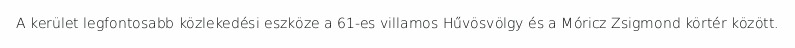
A kerület legfontosabb közlekedési eszköze a 61-es villamos Hűvösvölgy és a Móricz Zsigmond körtér között.